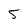
Character: 5